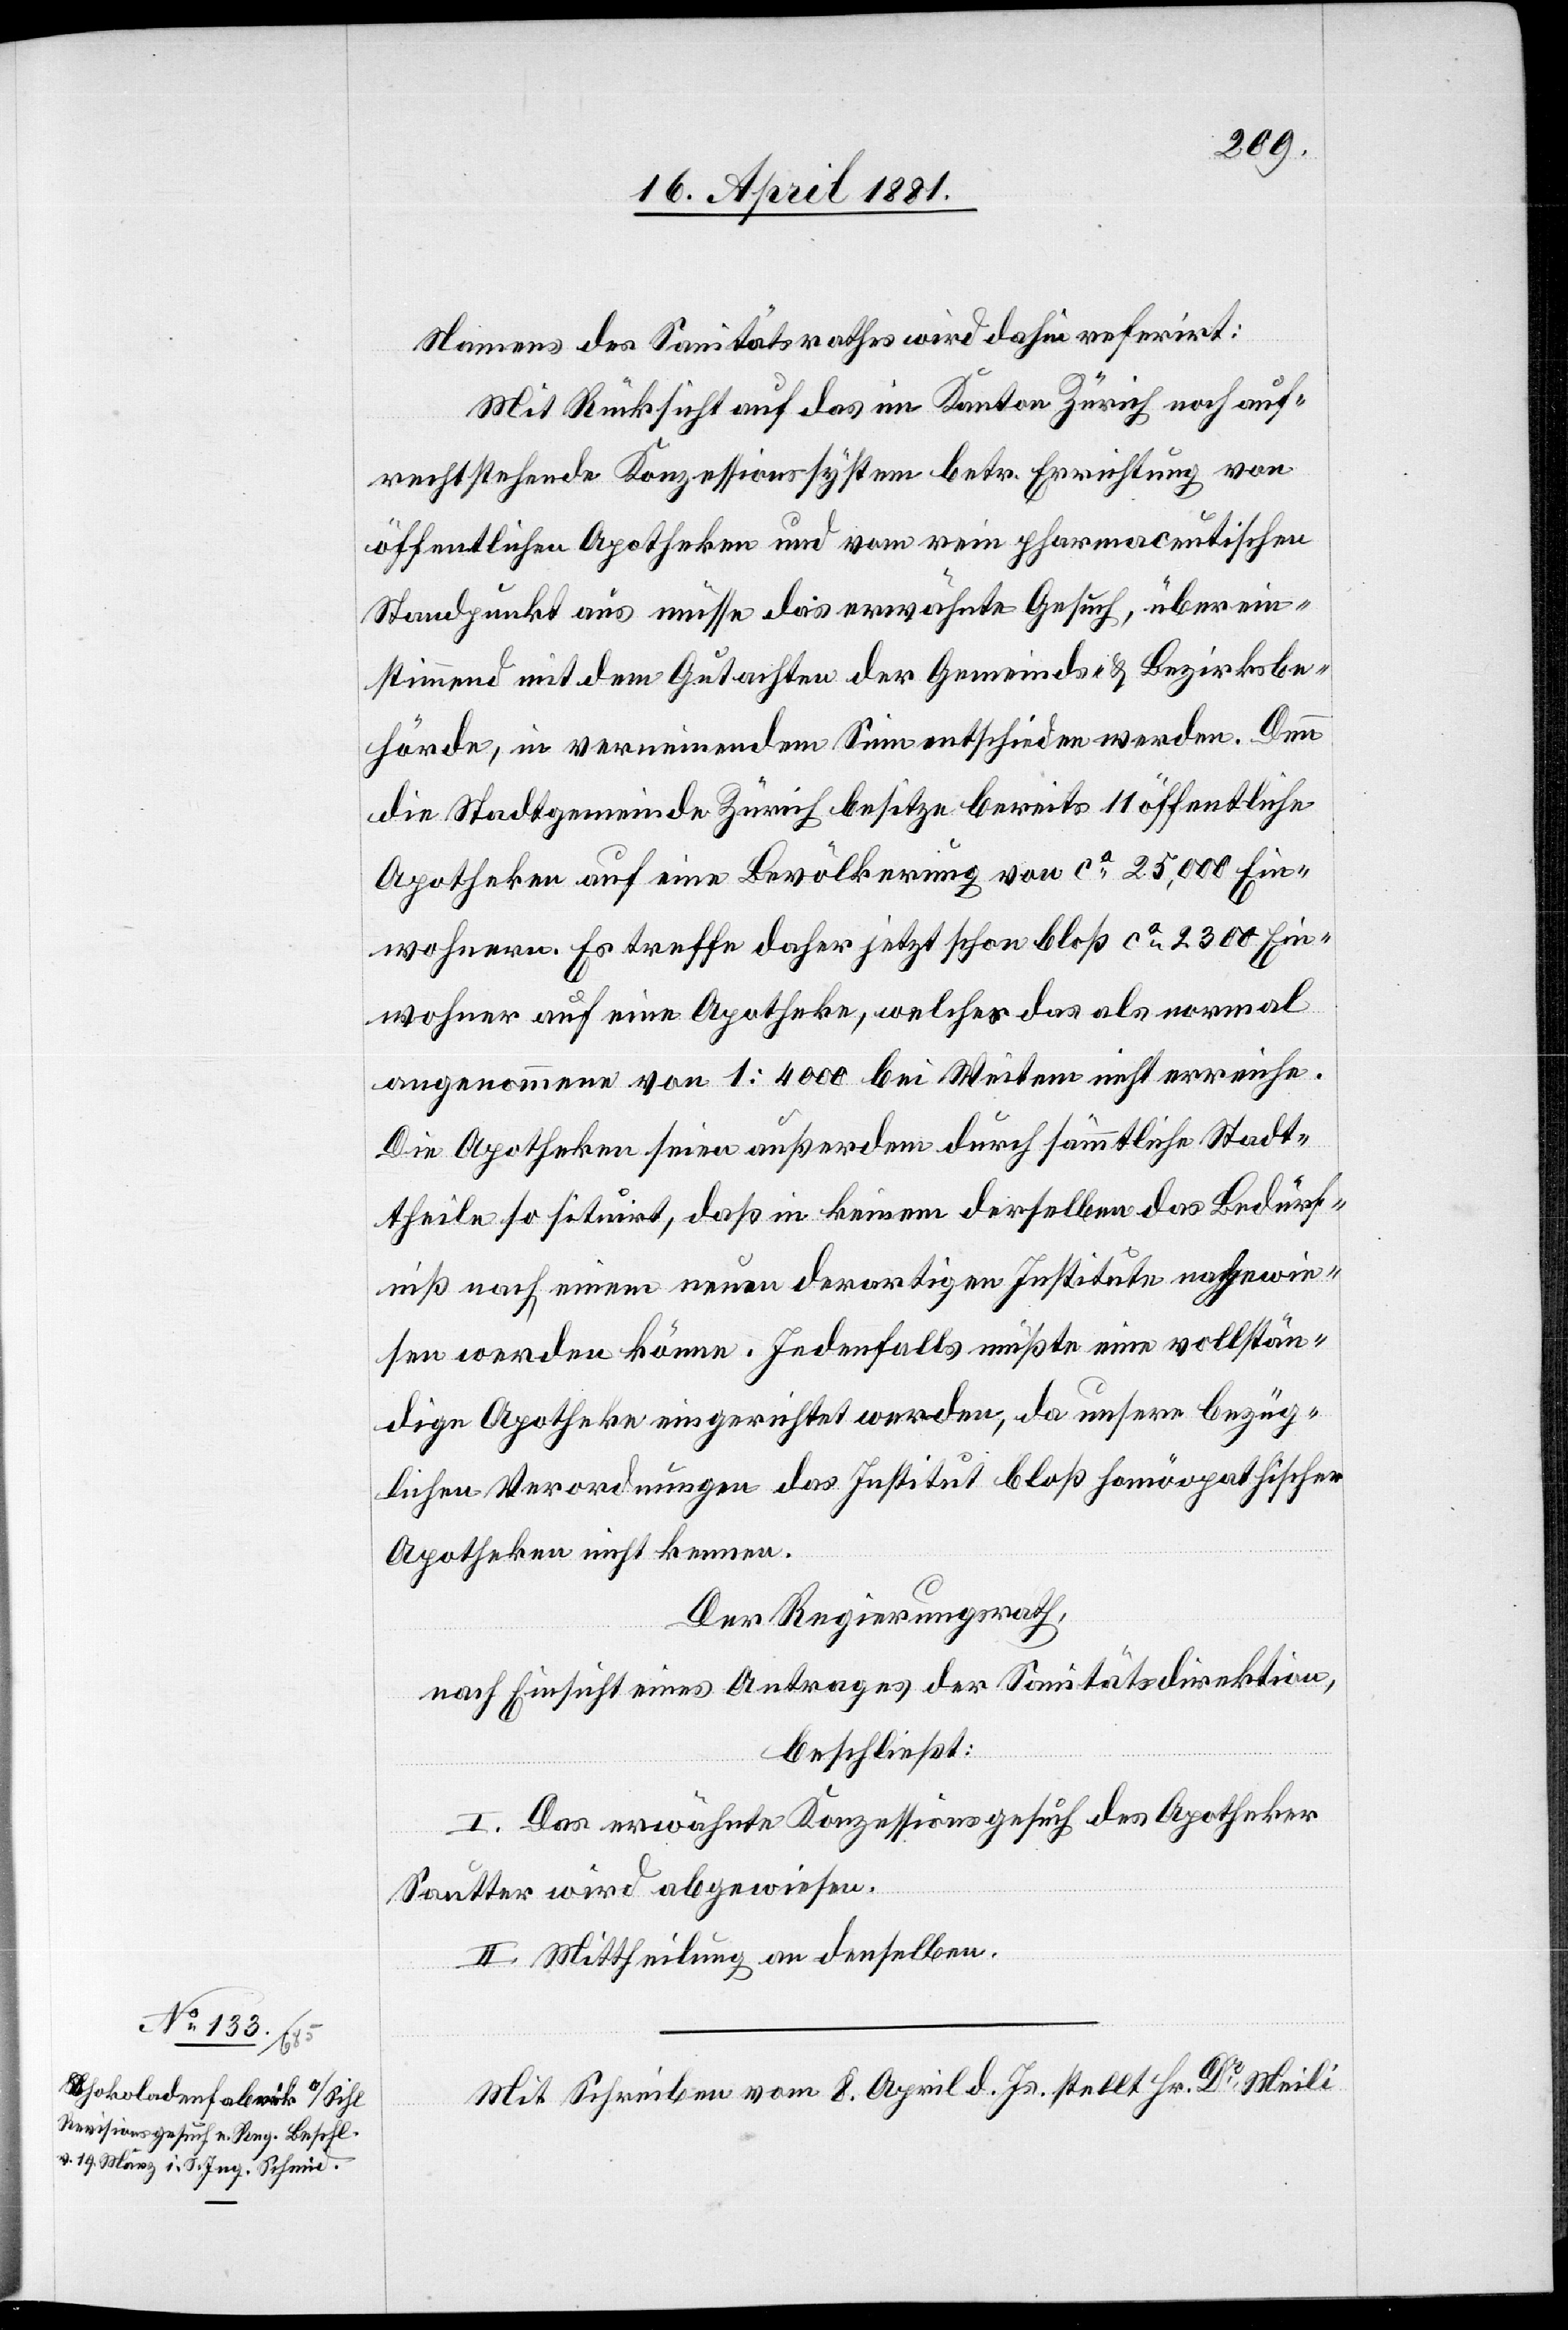
Namens des Sanitätsrathes wird dahin referirt:
Mit Rücksicht auf das im Kanton Zürich noch auf¬
rechtstehende Konzessionssystem betr. Errichtung von
öffentlichen Apotheken und vom rein pharmaceutischen
Standpunkt aus müsse das erwähnte Gesuch, überein¬
stimmend mit dem Gutachten der Gemeinde- & Bezirksbe¬
hörde, in verneinendem Sinn entschieden werden. Denn
die Stadtgemeinde Zürich besitze bereits 11 öffentliche
Apotheken auf eine Bevölkerung von ca 25,000 Ein¬
wohnern. Es treffe daher jetzt schon bloß ca 2300 Ein¬
wohner auf eine Apotheke, welches das als normal
angenommene von 1:4000 bei Weitem nicht erreiche.
Die Apotheken seien außerdem durch sämmtliche Stadt¬
theile so situirt, daß in keinem derselben das Bedürf¬
niß nach einem neuen derartigen Institute nachgewie¬
sen werden könne. Jedenfalls müßte eine vollstän¬
dige Apotheke eingerichtet werden, da unsere bezüg¬
lichen Verordnungen das Institut bloß homöopathischer
Apotheken nicht kenne.
Der Regierungsrath,
nach Einsicht eines Antrages der Sanitätsdirektion,
beschließt:
I. Das erwähnte Konzessionsgesuch des Apothekers
Sautter wird abgewiesen.
II. Mittheilung an denselben.
Mit Schreiben vom 8. April d. Js. stellt Hr. Dr Meili